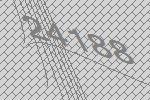
24188